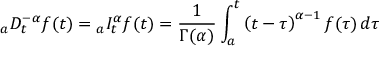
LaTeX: _ { a } D _ { t } ^ { - \alpha } f ( t ) = { } _ { a } I _ { t } ^ { \alpha } f ( t ) = { \frac { 1 } { \Gamma ( \alpha ) } } \int _ { a } ^ { t } \left( t - \tau \right) ^ { \alpha - 1 } f ( \tau ) \, d \tau